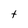
Character: t